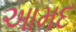
આમદ